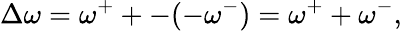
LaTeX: \Delta\omega=\omega^{+}+-(-\omega^{-})=\omega^{+}+\omega^{-},